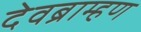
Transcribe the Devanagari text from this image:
देवब्राम्हण